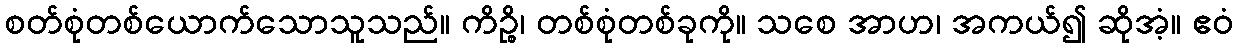
စတ်စုံတစ်ယောက်သောသူသည်။ ကိဉ္စိ၊ တစ်စုံတစ်ခုကို။ သစေ အာဟ၊ အကယ်၍ ဆိုအံ့။ ဧဝံ